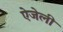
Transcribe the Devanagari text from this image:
ऐजेली